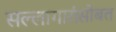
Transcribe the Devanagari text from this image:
सल्लागारांसोबत